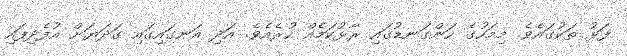
ފަޅު ތަކުގައެވެ. މިމަހުގެ ހަންގަނޑުގައި ރާޅުކަމެއް ހުރެއެވެ. އަދި އަނގައިގައި ގަދަޔަށް އުފެދިފައި